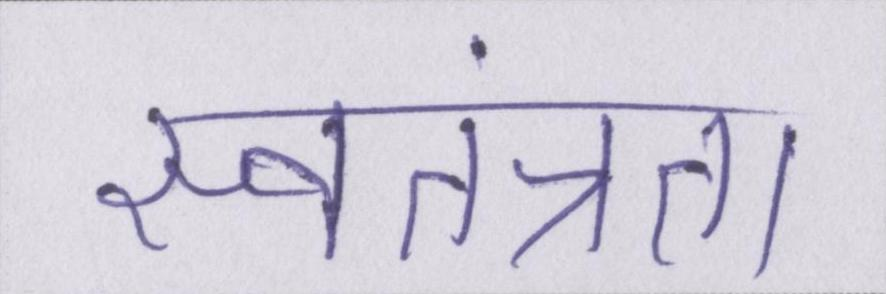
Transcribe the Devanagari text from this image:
स्वतंत्रता